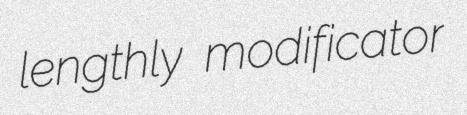
lengthly modificator